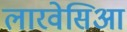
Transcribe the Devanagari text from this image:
लारवेसिआ